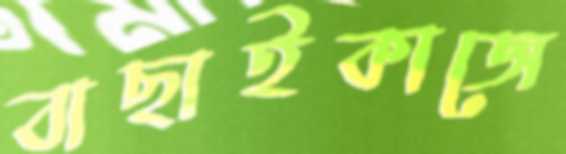
বাছাইকাজে